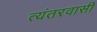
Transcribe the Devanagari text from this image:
त्यंतरवासी